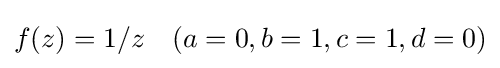
f(z)=1/z\quad (a=0,b=1,c=1,d=0)